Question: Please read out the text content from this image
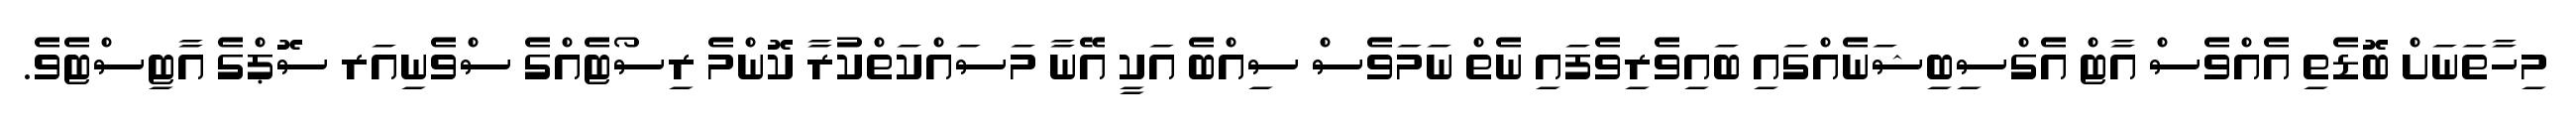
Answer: މިހާތަނަށް ބޮޑެތި އެއްވެސް އާޓް އެގްސިބިޝަނެއްގައި ބައިވެރިވެފައި ނެތް ނަމަވެސް ސިއްބެ އަކީ އޭނާ މަސައްކަތްކުރާ ކޮންމެ ރިސޯޓެއްގެ ސްވެނިއަރ ސޮޕްގެ އާޓިސްޓެވެ.